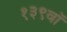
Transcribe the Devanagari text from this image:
१३९वॉ